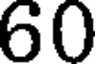
60